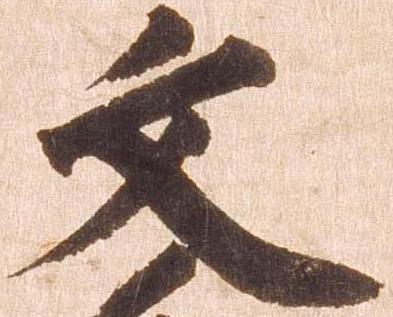
文